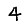
Digit: 4